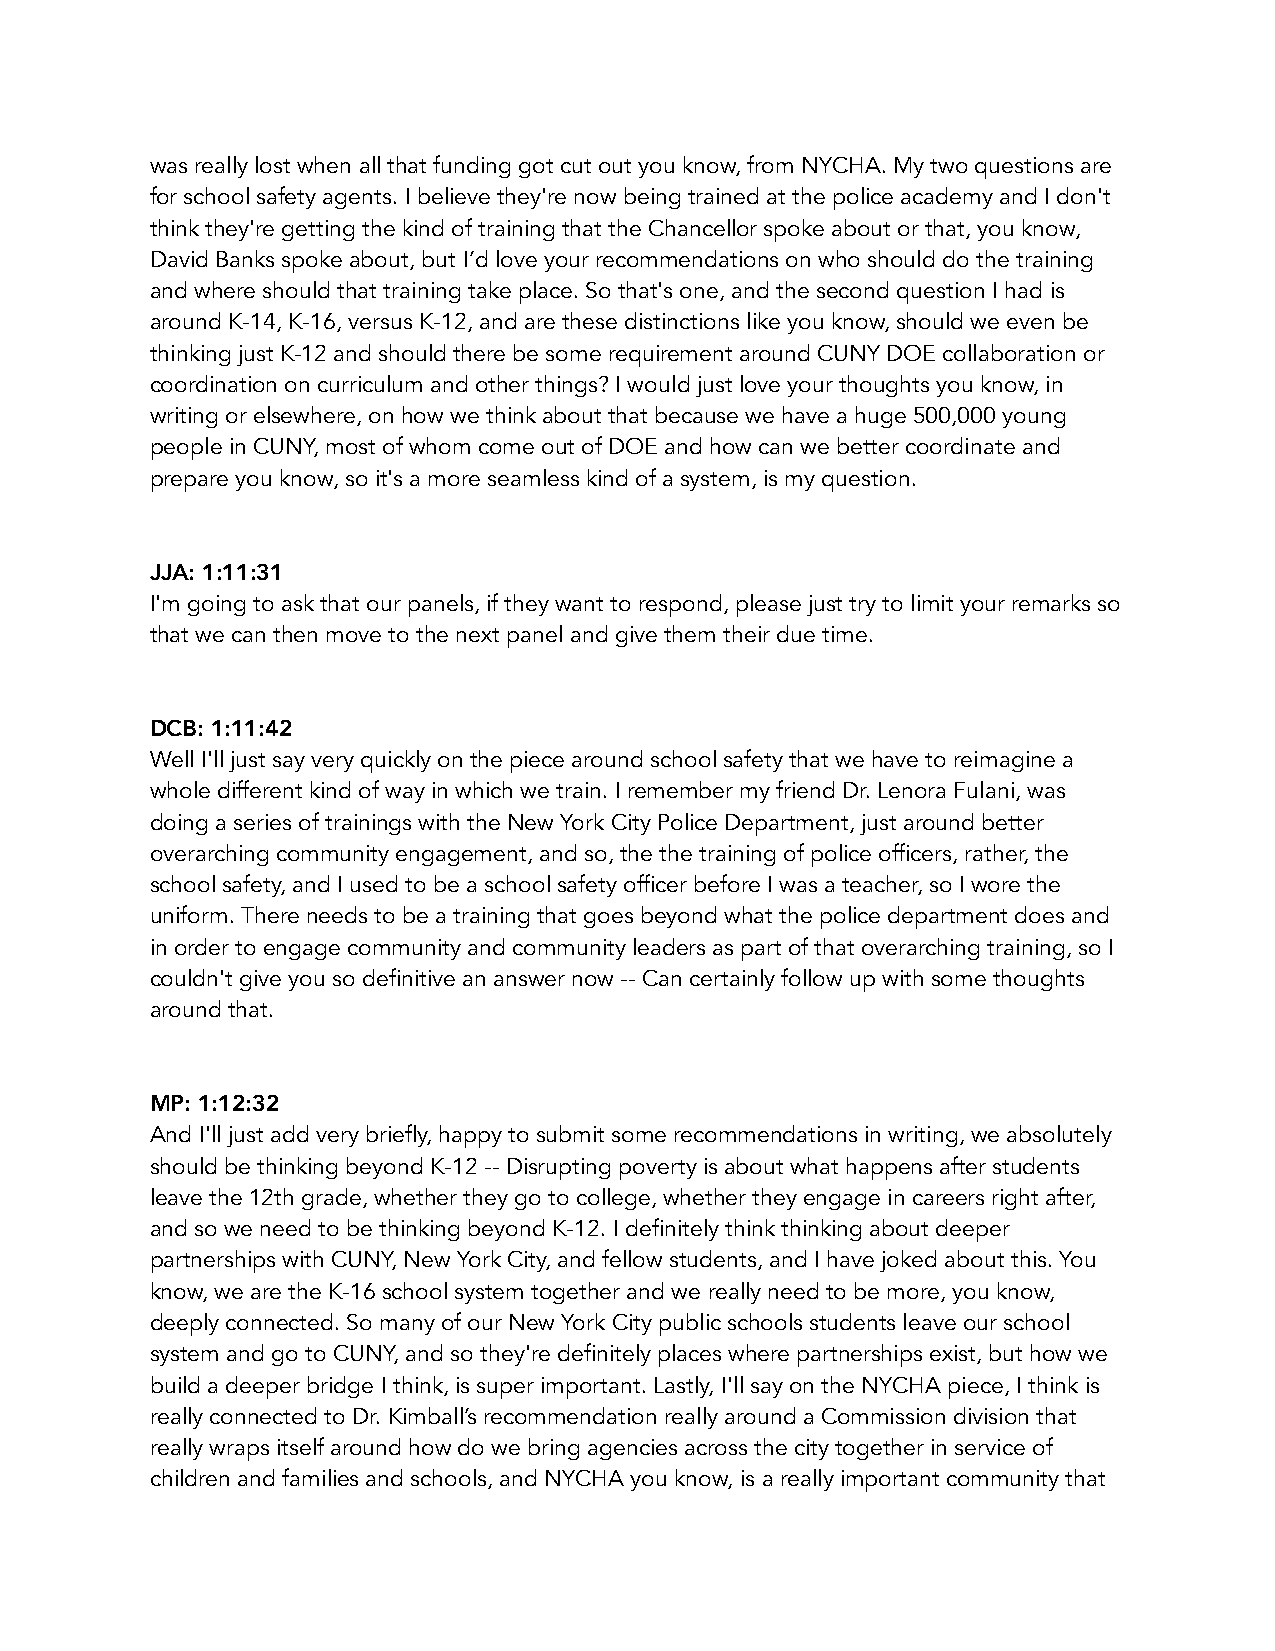
was really lost when all that funding got cut out you know, from NYCHA. My two questions are
 for school safety agents. I believe they're now being trained at the police academy and I don't
 think they're getting the kind of training that the Chancellor spoke about or that, you know,
 David Banks spoke about, but I’d love your recommendations on who should do the training
 and where should that training take place. So that's one, and the second question I had is
 around K-14, K-16, versus K-12, and are these distinctions like you know, should we even be
 thinking just K-12 and should there be some requirement around CUNY DOE collaboration or
 coordination on curriculum and other things? I would just love your thoughts you know, in
 writing or elsewhere, on how we think about that because we have a huge 500,000 young
 people in CUNY, most of whom come out of DOE and how can we better coordinate and
 prepare you know, so it's a more seamless kind of a system, is my question.
 JJA: 1:11:31
 I'm going to ask that our panels, if they want to respond, please just try to limit your remarks so
 that we can then move to the next panel and give them their due time.
 DCB: 1:11:42
 Well I'll just say very quickly on the piece around school safety that we have to reimagine a
 whole different kind of way in which we train. I remember my friend Dr. Lenora Fulani, was
 doing a series of trainings with the New York City Police Department, just around better
 overarching community engagement, and so, the the training of police officers, rather, the
 school safety, and I used to be a school safety officer before I was a teacher, so I wore the
 uniform. There needs to be a training that goes beyond what the police department does and
 in order to engage community and community leaders as part of that overarching training, so I
 couldn't give you so definitive an answer now -- Can certainly follow up with some thoughts
 around that.
 MP: 1:12:32
 And I'll just add very briefly, happy to submit some recommendations in writing, we absolutely
 should be thinking beyond K-12 -- Disrupting poverty is about what happens after students
 leave the 12th grade, whether they go to college, whether they engage in careers right after,
 and so we need to be thinking beyond K-12. I definitely think thinking about deeper
 partnerships with CUNY, New York City, and fellow students, and I have joked about this. You
 know, we are the K-16 school system together and we really need to be more, you know,
 deeply connected. So many of our New York City public schools students leave our school
 system and go to CUNY, and so they're definitely places where partnerships exist, but how we
 build a deeper bridge I think, is super important. Lastly, I'll say on the NYCHA piece, I think is
 really connected to Dr. Kimball’s recommendation really around a Commission division that
 really wraps itself around how do we bring agencies across the city together in service of
 children and families and schools, and NYCHA you know, is a really important community that